Annual report of the Punjab Veterinary College and of the Civil Veterinary Department, Punjab - 1894-1908
Year: 1894
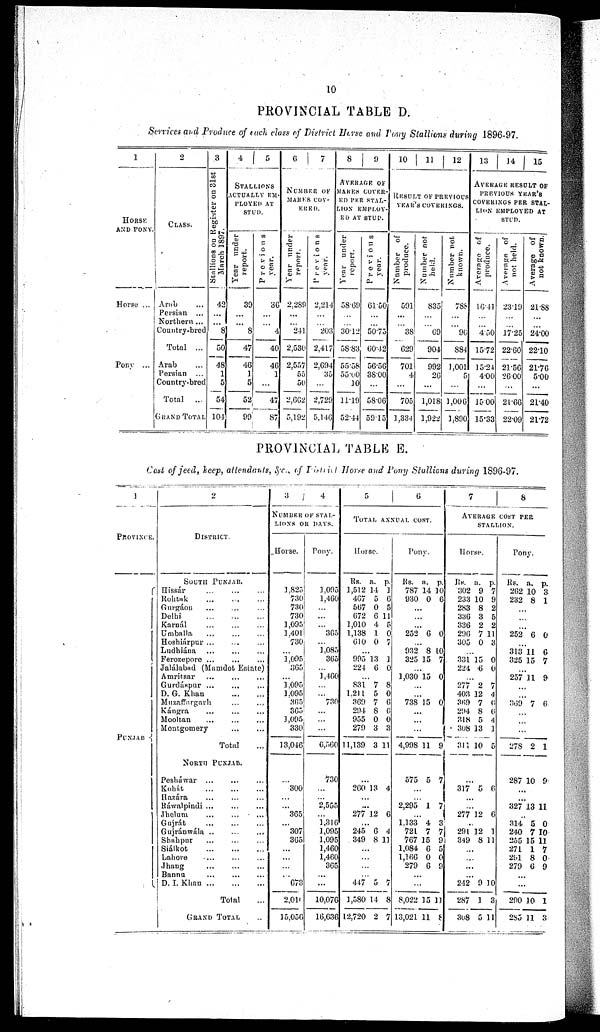
10
PROVINCIAL TABLE D.
Services and Produce of each class of District Horse and Tonny Stallions during 1896-97.
1
HORSE
AND PONY.
Horse ...
Pony ...
2
CLASS.
Arab ...
Persian ...
Northern ...
Country-bred
Total ...
Arab ...
Persian ...
Country-bred
Total ...
GRAND TOTAL
3
Stallions on Register on 31st
March 1897.
42
...
...
8
50
48
1
5
54
104
4 5
STALLIONS
ACTUALLY EM-
PLOYED AT
STUD.
Year under
report.
39
...
...
8
47
46
1
5
52
99
Previous
year.
36
...
...
4
40
46
1
...
47
87
6
7
NUMBER OF
MARES COV-
ERED.
Year under
report.
2,289
...
...
244
2,530
2,557
55
50
2,662
5,192
Previous
year.
2,214
...
...
203
2,417
2,694
35
...
2,729
5,146
8 9
AVERAGE OF
MARES COVER-
ED PER STAL-
LION EMPLOY-
ED AT STUD.
Year under
report.
58.69
...
...
30.12
58.83
55.58
55.00
10
11.19
52.44
Previous
year.
61.50
...
...
5075
60.12
56.56
38.00
...
58.06
59.15
10 11 12
RESULT OF PREVIOUS
YEAR'S COVERINGS.
Number of
produce.
591
...
...
38
629
701
4
...
705
1,334
Number not
held.
835
...
...
69
904
992
26
...
1,018
1,922
Number not.
known.
788
...
...
96
584
1,001
5
...
1,006
1,890
13
14
15
AVERAGE RESULT OF
PREVIOUS YEAR'S
COVERING PER STAL-
LION EMPLOYED AT
STUD.
Average of
produce.
16.41
...
...
4.50
15.72
15.24
4.00
...
15 00
15.33
Average
of
not held.
23.19
...
...
17.25
22.60
21.56
26.00
...
21.60
22.09
Average of
not known.
21.88
...
...
24.00
22.10
21.76
5.00
...
21.40
21.72
PROVINCIAL TABLE E.
Cost of feed, keep, attendants &.c., of District Horse and Pony Stallions during 1896-97.
1
PROVINCE.
PUNJAB
2
DISTRICT.
SOUTH-PUNJAB.
Hissár
...
...
...
Rohtak ... ... ...
Gurgán ... ... ...
Delhi
...
...
...
Karnál
...
...
...
Umballa
...
...
...
Hoshiárpur ... ... ...
Ludhiána
...
...
...
Ferozepore
...
...
...
Jalálabad (Mamdot Estate)
Amritsar
...
...
...
Gurdáspur
...
...
...
D. G. Khan
...
...
...
Muzaffargarh
...
...
...
Kángra
...
...
...
Mooltan
...
...
...
Montgomery
Total
NORTH PUNJAB.
Pesháwar
...
...
...
Kohát
...
...
...
Hazára
...
...
...
Ráwalpindi
...
...
...
Jhelum
...
...
...
Gujrát
...
...
...
Gujránwála ... ... ...
Shahpur ... ... ...
Siálkot
...
...
...
Lahore ... ... ...
Jhang
...
...
...
Banna
...
...
...
D. I. Khan ... ... ...
Total ...
GRAND TOTAL ...
3
4
NUMBER OF STAL-
LIONS OR DAYS.
Horse.
1,825
730
730
730
1,095
1,401
730
...
1,095
365
... 1,095
1,095
365
365
1,095
330
13,046
...
300
...
...
365
...
307
365
...
...
...
... 673
2,010
15,056
Pony.
1,095
1,460
...
...
...
365
...
1,083
365
...
1,460
...
...
730
...
...
...
6,560
730
...
... 2,555
...
1,316
1,095
1,095
1,460
1,460
365
...
...
10,076
16,636
5
6
TOTAL ANNUAL COST .
Horse.
Rs.
1,512
467
567
672
1,010
1,138
610
a.
14
5
0
6
4
1
0
p.
1
6
5
11
5
0
7
...
995
224
13
6
1
0
...
831
1,211
369
294
955
279
11,139
7
5
7
8
0
3
3
8
0
6
0
0
3
11
...
260 13 4
...
...
277 12 6
...
245
349
6
8
4
11
...
...
...
... 447
1,580
12,720
5
14
2
7
8
7
Pony.
Rs.
787
930
a.
14
0
p.
10
6
...
...
...
252 6 0
...
932
325
8
15
10
7
...
1,030 15 0
...
...
738 15 0
...
...
...
4,998 11 9
575 5 7
...
...
2,295 1 7
...
1,133
721
767
1,084
1,166
279
4
7
15
6
0
6
3
7
9
5
0
9
...
...
8,022
13,021
15
11
11
8
7 8
AVERAGE COST PER
STALLION.
Horse.
Rs.
302
233
283
336
336
296
305
a.
9
10
8
3
2
7
0
p.
7
9
2
5
2
11
3
...
331
224
15
6
0
0
...
277
403
369
294
318
308
311
2
12
7
8
5
13
10
7
4
6
0
4
1
5
...
317 5 6
...
...
277 12 6
...
291
349
12
8
1
11
...
...
...
... 212
287
308
9
1
5
10
3
11
Pony.
Rs.
262
232
a.
10
8
p.
3
1
...
...
...
252 6 0
...
313
325
11
15
6
7
...
257 11 9
...
...
369 7 6
...
...
...
278 2 1
287 10 9
...
...
327 13 11
...
314
240
255
271
291
279
5
7
15
1
8
6
0
10
11
7
0
9
...
...
290
285
10
11
1
3